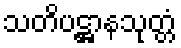
သတိပဋ္ဌာနသုတ္တံ